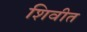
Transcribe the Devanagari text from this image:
शिवीत